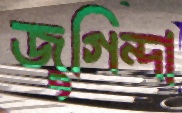
জুগিন্দা